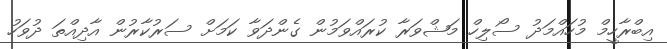
އިބްރާހީމް މުހައްމަދު ސޯލިހް މަޝްވަރާ ކުރައްވަމުން ގެންދަވާ ކަމަށް ސަރުކާރުން އާދިއްތަ ދުވަހު